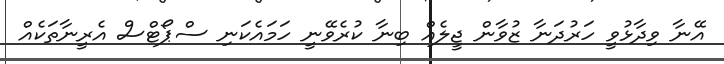
އޭނާ ވިދާޅުވީ ހަރުދަނާ ޒުވާން ޖީލެއް ބިނާ ކުރެވޭނީ ހަމައެކަނި ސްޕޯޓްސް އެރީނާތަކެއް